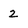
Character: 2